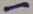
Text: -